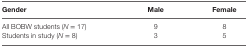
<table><thead><tr><td><b>Gender</b></td><td><b>Male</b></td><td><b>Female</b></td></tr></thead><tbody><tr><td>All BOBW students (<i>N</i> = 17)</td><td>9</td><td>8</td></tr><tr><td>Students in study (<i>N</i> = 8)</td><td>3</td><td>5</td></tr></tbody></table>